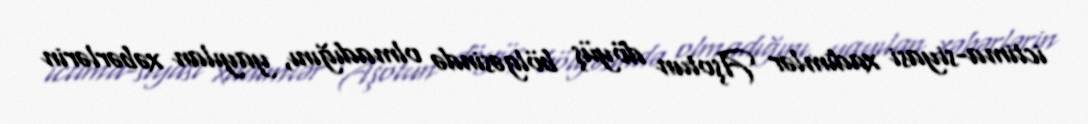
ictima-siyasi xadimlər Aşotun döyüş bölgəsində olmadığını, yayılan xəbərlərin